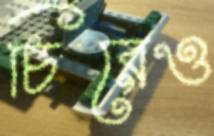
চিরেও